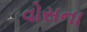
વોસના